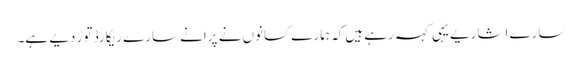
سارے اشاریے یہی کہہ رہے ہیں کہ ہمارے کسانوں نے پرانے سارے ریکارڈ توڑ دیے ہے۔